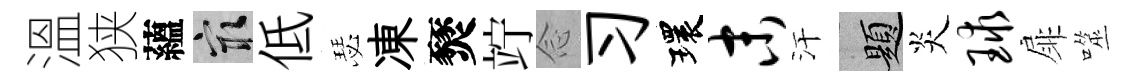
溫狭蘊冣低瑟凍燹竚𫝹习環末汗題炎球扉噬